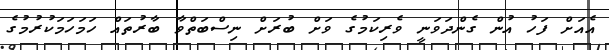
އެއަށް ފަހު އުން ގެންދަވަނީ ވެރިކަމުގެ ވަށް ބުރަށް ނިސްބަތްވާ ބާރުތައް ހަމަހަމަކުރުމުގެ